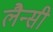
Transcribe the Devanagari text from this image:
लैन्सी